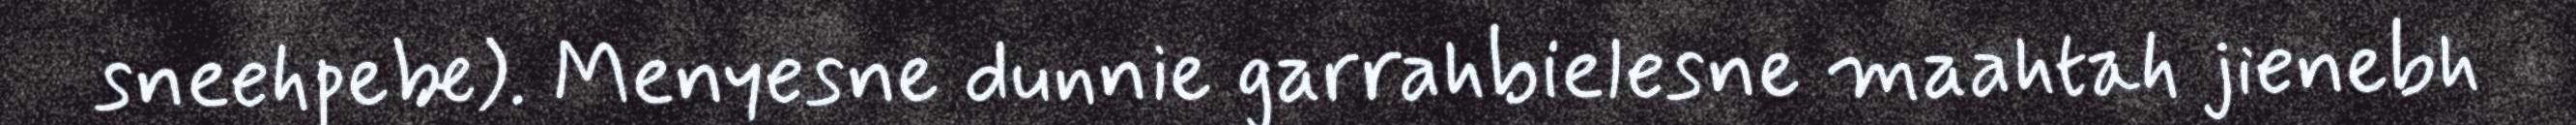
sneehpebe). Menyesne dunnie garrahbielesne maahtah jienebh